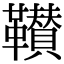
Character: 𩍴